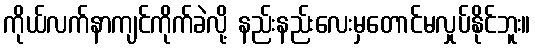
ကိုယ်လက်နာကျင်ကိုက်ခဲလို့ နည်းနည်းလေးမှတောင်မလှုပ်နိုင်ဘူး။